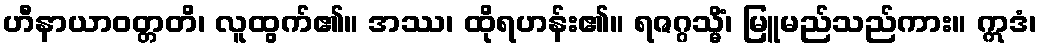
ဟီနာယာဝတ္တတိ၊ လူထွက်၏။ အဿ၊ ထိုရဟန်း၏။ ရဇဂ္ဂသ္မိံ၊ မြူမည်သည်ကား။ ဣဒံ၊